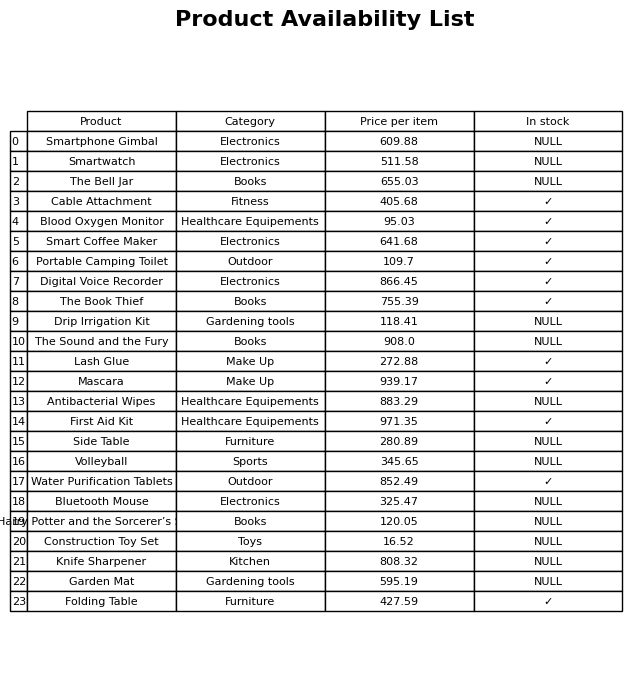
question: What is the price of the Smartphone Gimbal?
answer: The price of Smartphone Gimbal is 609.88.